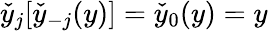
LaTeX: \check{y}_{j}[\check{y}_{-j}(y)]=\check{y}_{0}(y)=y